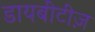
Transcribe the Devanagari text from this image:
डायबीटीज़